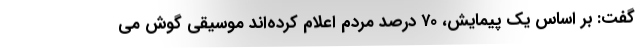
گفت: بر اساس یک پیمایش، ۷۰ درصد مردم اعلام کرده‌اند موسیقی گوش می